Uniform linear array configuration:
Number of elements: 64
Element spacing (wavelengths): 1
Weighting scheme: hamming
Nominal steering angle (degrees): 15
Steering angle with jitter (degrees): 14.353
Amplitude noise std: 0.05
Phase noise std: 0.05

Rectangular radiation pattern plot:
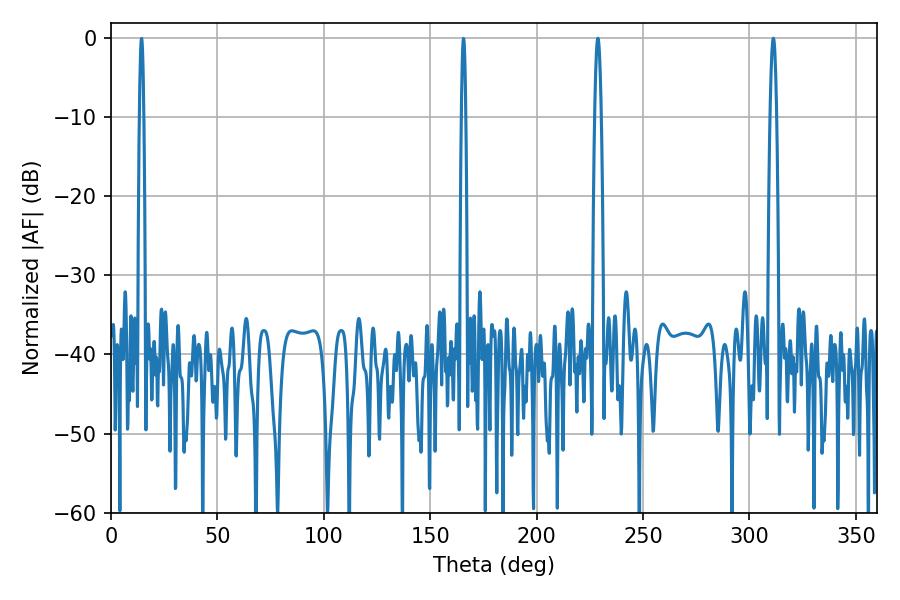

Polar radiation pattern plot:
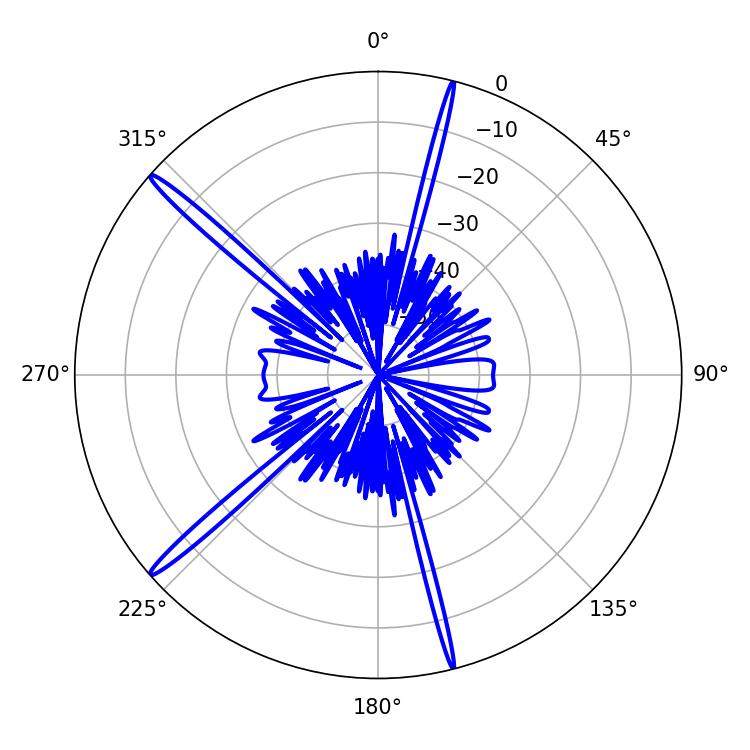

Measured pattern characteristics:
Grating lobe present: TRUE
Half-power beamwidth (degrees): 1.44
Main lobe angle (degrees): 311.22